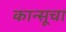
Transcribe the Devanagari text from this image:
कान्सूचा